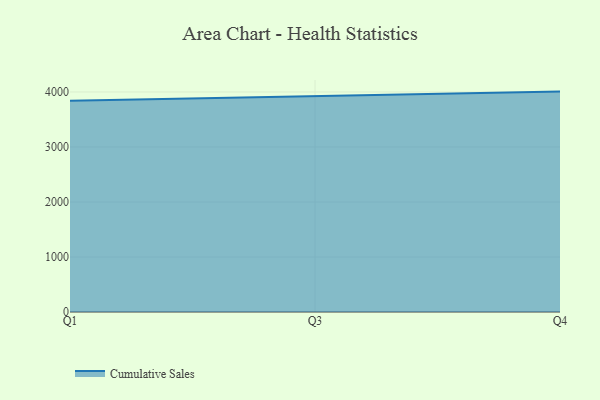
{"axis": {"x": "Quarter", "y": "Latency (ms)"}, "legend": ["Cumulative Sales"], "data": [{"x": "Q1", "y": 3842.3, "type": "Cumulative Sales"}, {"x": "Q3", "y": 3918.9, "type": "Cumulative Sales"}, {"x": "Q4", "y": 4007.1, "type": "Cumulative Sales"}]}